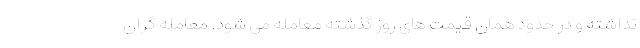
نداشته و در حدود همان قیمت های روز گذشته معامله می شود. معامله گران